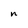
Character: n